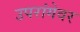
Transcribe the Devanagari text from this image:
उपरांगेवर